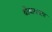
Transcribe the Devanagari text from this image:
बोंबायाला